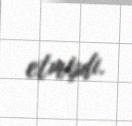
etmişdi.